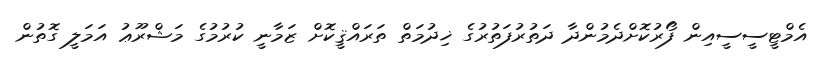
އެމްޓީސީސީއިން ފޯރުކޮށްދެމުންދާ ދަތުރުފަތުރުގެ ޚިދުމަތް ތަރައްޤީކޮށް ޒަމާނީ ކުރުމުގެ މަޝްރޫޢު އަމަލީ ގޮތުން